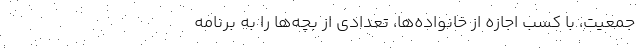
جمعیت، با کسب اجازه از خانواده‌ها، تعدادی از بچه‌ها را به برنامه